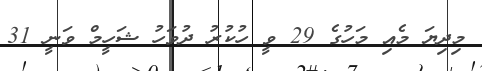
މިދިޔަ މެއި މަހުގެ 29 ވީ ހުކުރު ދުވަހު ޝަހީމް ވަނީ 31